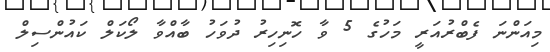
މިއަންނަ ފެބްރުއަރީ މަހުގެ 5 ވާ ހޮނިހިރު ދުވަހު ބާއްވާ ލޯކަލް ކައުންސިލް